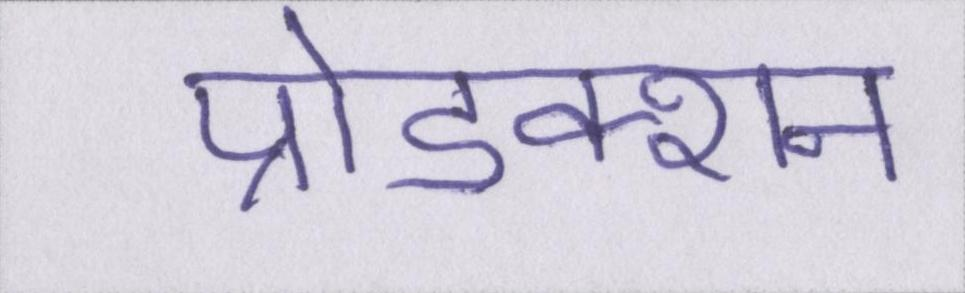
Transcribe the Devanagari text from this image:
प्रोडक्शन